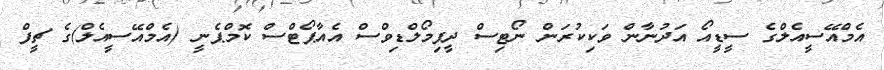
އެމްއޭސީއެލްގެ ސީޑީއޯ އަދުނާން ވަކިކުރަން ނޯޓިސް ދީފިމޯލްޑިވްސް އެއާޕޯޓްސް ކޮމްޕެނީ (އެމްއޭސީއެލް)ގެ ޗީފް